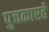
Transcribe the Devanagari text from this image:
पुचकारते